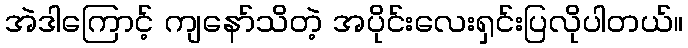
အဲဒါကြောင့် ကျနော်သိတဲ့ အပိုင်းလေးရှင်းပြလိုပါတယ်။